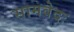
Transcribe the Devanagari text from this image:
सामवेदः